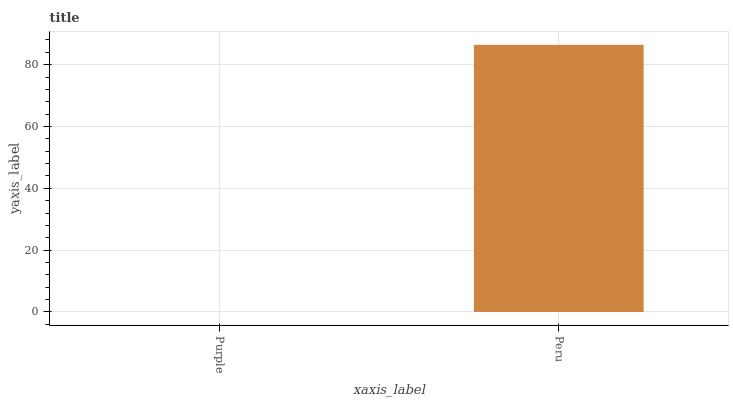
| xaxis_label | bars |
 | --- | --- |
 | Purple | 0 |
 | Peru | 86.4 |